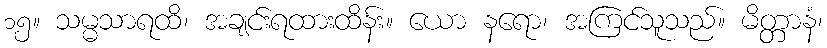
၁၅။ သမ္မသာရထိ၊ အချင်းရထားထိန်း။ ယော နရော၊ အကြင်သူသည်။ မိတ္တာနံ၊